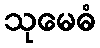
သုမေဓံ